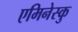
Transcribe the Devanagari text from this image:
एमिनेस्कु